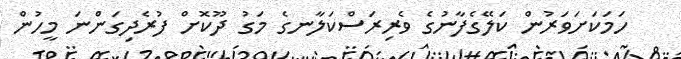
ހަމަކަށަވަރުން ކަލޭގެފާނުގެ ވެރިރަސްކަލާނގެ މަގު ދޫކޮށް ފުރެދިގަންނަ މީހުން